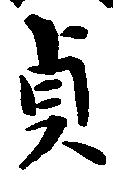
貞